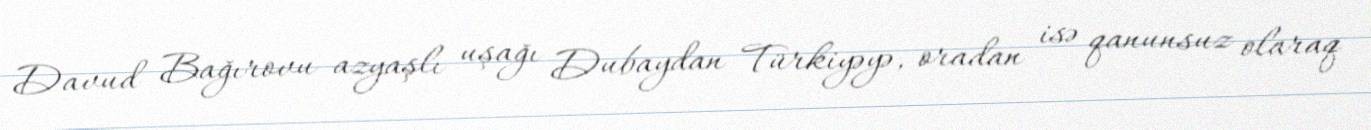
Davud Bağırovu azyaşlı uşağı Dubaydan Türkiyəyə, oradan isə qanunsuz olaraq